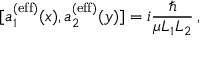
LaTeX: [ a _ { 1 } ^ { ( \mathrm { e f f } ) } ( x ) , a _ { 2 } ^ { ( \mathrm { e f f } ) } ( y ) ] = i { \frac { \hbar } { \mu L _ { 1 } L _ { 2 } } } \, ,